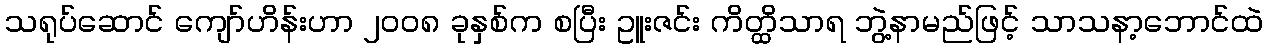
သရုပ်ဆောင် ကျော်ဟိန်းဟာ ၂၀၀၈ ခုနှစ်က စပြီး ဥူးဇင်း ကိတ္ထိသာရ ဘွဲ့နာမည်ဖြင့် သာသနာ့ဘောင်ထဲ